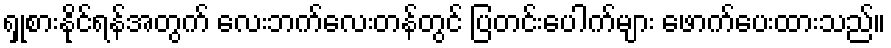
ရှုစားနိုင်ရန်အတွက် လေးဘက်လေးတန်တွင် ပြတင်းပေါက်များ ဖောက်ပေးထားသည်။